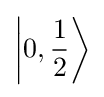
\left|0,{\frac {1}{2}}\right\rangle